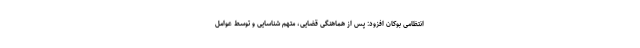
انتظامی بوکان افزود: پس از هماهنگی قضایی، متهم شناسایی و توسط عوامل